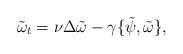
LaTeX: \begin{align*} \tilde \omega_t=\nu \Delta \tilde \omega - \gamma \{\tilde \psi, \tilde \omega \},\end{align*}